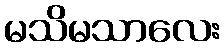
မသိမသာလေး